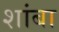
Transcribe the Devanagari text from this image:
शांबा